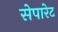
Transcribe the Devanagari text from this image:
सेपारेट